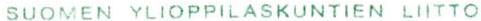
SUOMEN YLIOPPILASKUNTIEN LIITTO